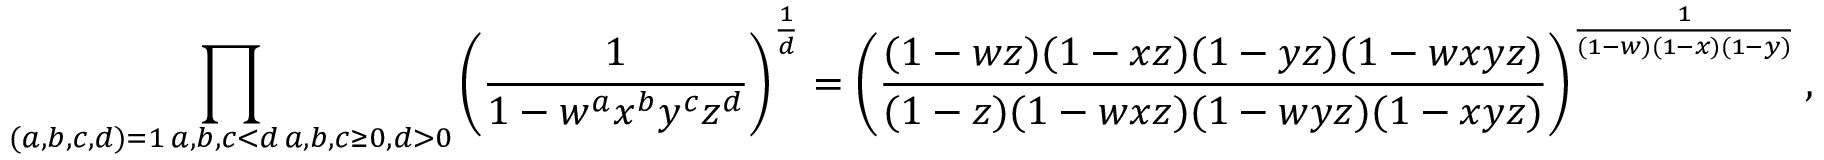
\prod _ { \substack { ( a , b , c , d ) = 1 \, a , b , c < d \, a , b , c \geq 0 , d > 0 } } \left( \frac { 1 } { 1 - w ^ { a } x ^ { b } y ^ { c } z ^ { d } } \right) ^ { \frac { 1 } { d } } = \left( \frac { ( 1 - w z ) ( 1 - x z ) ( 1 - y z ) ( 1 - w x y z ) } { ( 1 - z ) ( 1 - w x z ) ( 1 - w y z ) ( 1 - x y z ) } \right) ^ { \frac { 1 } { ( 1 - w ) ( 1 - x ) ( 1 - y ) } } ,